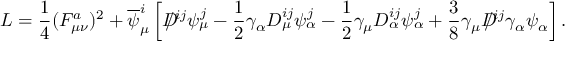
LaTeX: { \cal L } = \frac { 1 } { 4 } ( F _ { \mu \nu } ^ { a } ) ^ { 2 } + \overline { { { \psi } } } _ { \mu } ^ { i } \left[ D \! \! \! \! \slash ^ { i j } \psi _ { \mu } ^ { j } - \frac { 1 } { 2 } \gamma _ { \alpha } D _ { \mu } ^ { i j } \psi _ { \alpha } ^ { j } - \frac { 1 } { 2 } \gamma _ { \mu } D _ { \alpha } ^ { i j } \psi _ { \alpha } ^ { j } + \frac { 3 } { 8 } \gamma _ { \mu } D \! \! \! \! \slash ^ { i j } \gamma _ { \alpha } \psi _ { \alpha } \right] .